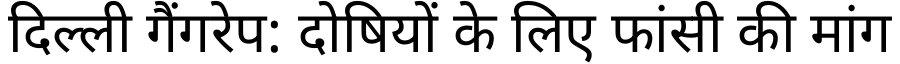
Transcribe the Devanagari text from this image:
दिल्ली गैंगरेप: दोषियों के लिए फांसी की मांग